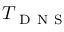
T _ { \mathrm { ~ D ~ N ~ S ~ } }